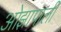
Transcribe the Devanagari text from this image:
ओझापाली